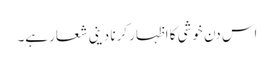
اس دن خوشی کا اظہار کرنا دینی شعار ہے۔